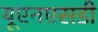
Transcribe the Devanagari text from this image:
यूएनएसडी